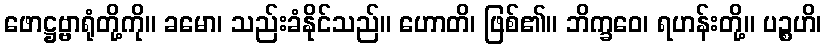
ဖောဋ္ဌဗ္ဗာရုံတို့ကို။ ခမော၊ သည်းခံနိုင်သည်။ ဟောတိ၊ ဖြစ်၏။ ဘိက္ခဝေ၊ ရဟန်းတို့။ ပဉ္စဟိ၊